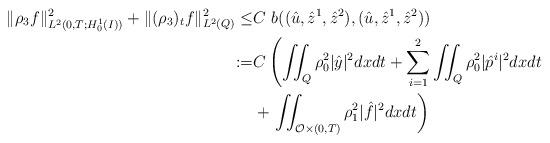
LaTeX: \begin{align*}\|\rho_3 f\|_{L^2(0,T;H_0^1(I))}^2 + \|(\rho_3)_t f\|_{L^2(Q)}^2 \leq& C\ b((\hat{u},\hat{z}^1,\hat{z}^2),(\hat{u},\hat{z}^1,\hat{z}^2)) \\:= &C \left( \iint_Q \rho_0^2 |\hat{y}|^2 dxdt + \sum_{i=1}^2 \iint_Q \rho_0^2 |\hat{p}^i|^2 dxdt \right. \\&+ \left. \iint_{\mathcal{O} \times (0,T)} \rho_1^2 |\hat{f}|^2 dxdt \right) \end{align*}